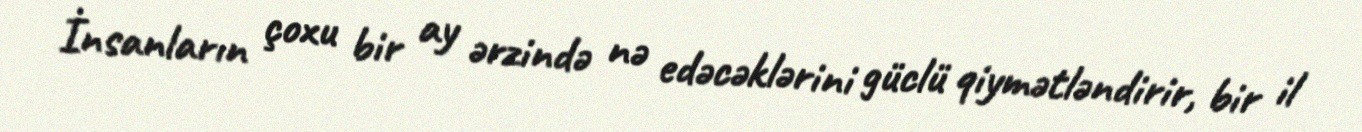
İnsanların çoxu bir ay ərzində nə edəcəklərini güclü qiymətləndirir, bir il